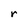
Character: r